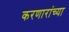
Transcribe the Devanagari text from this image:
करणारांच्या